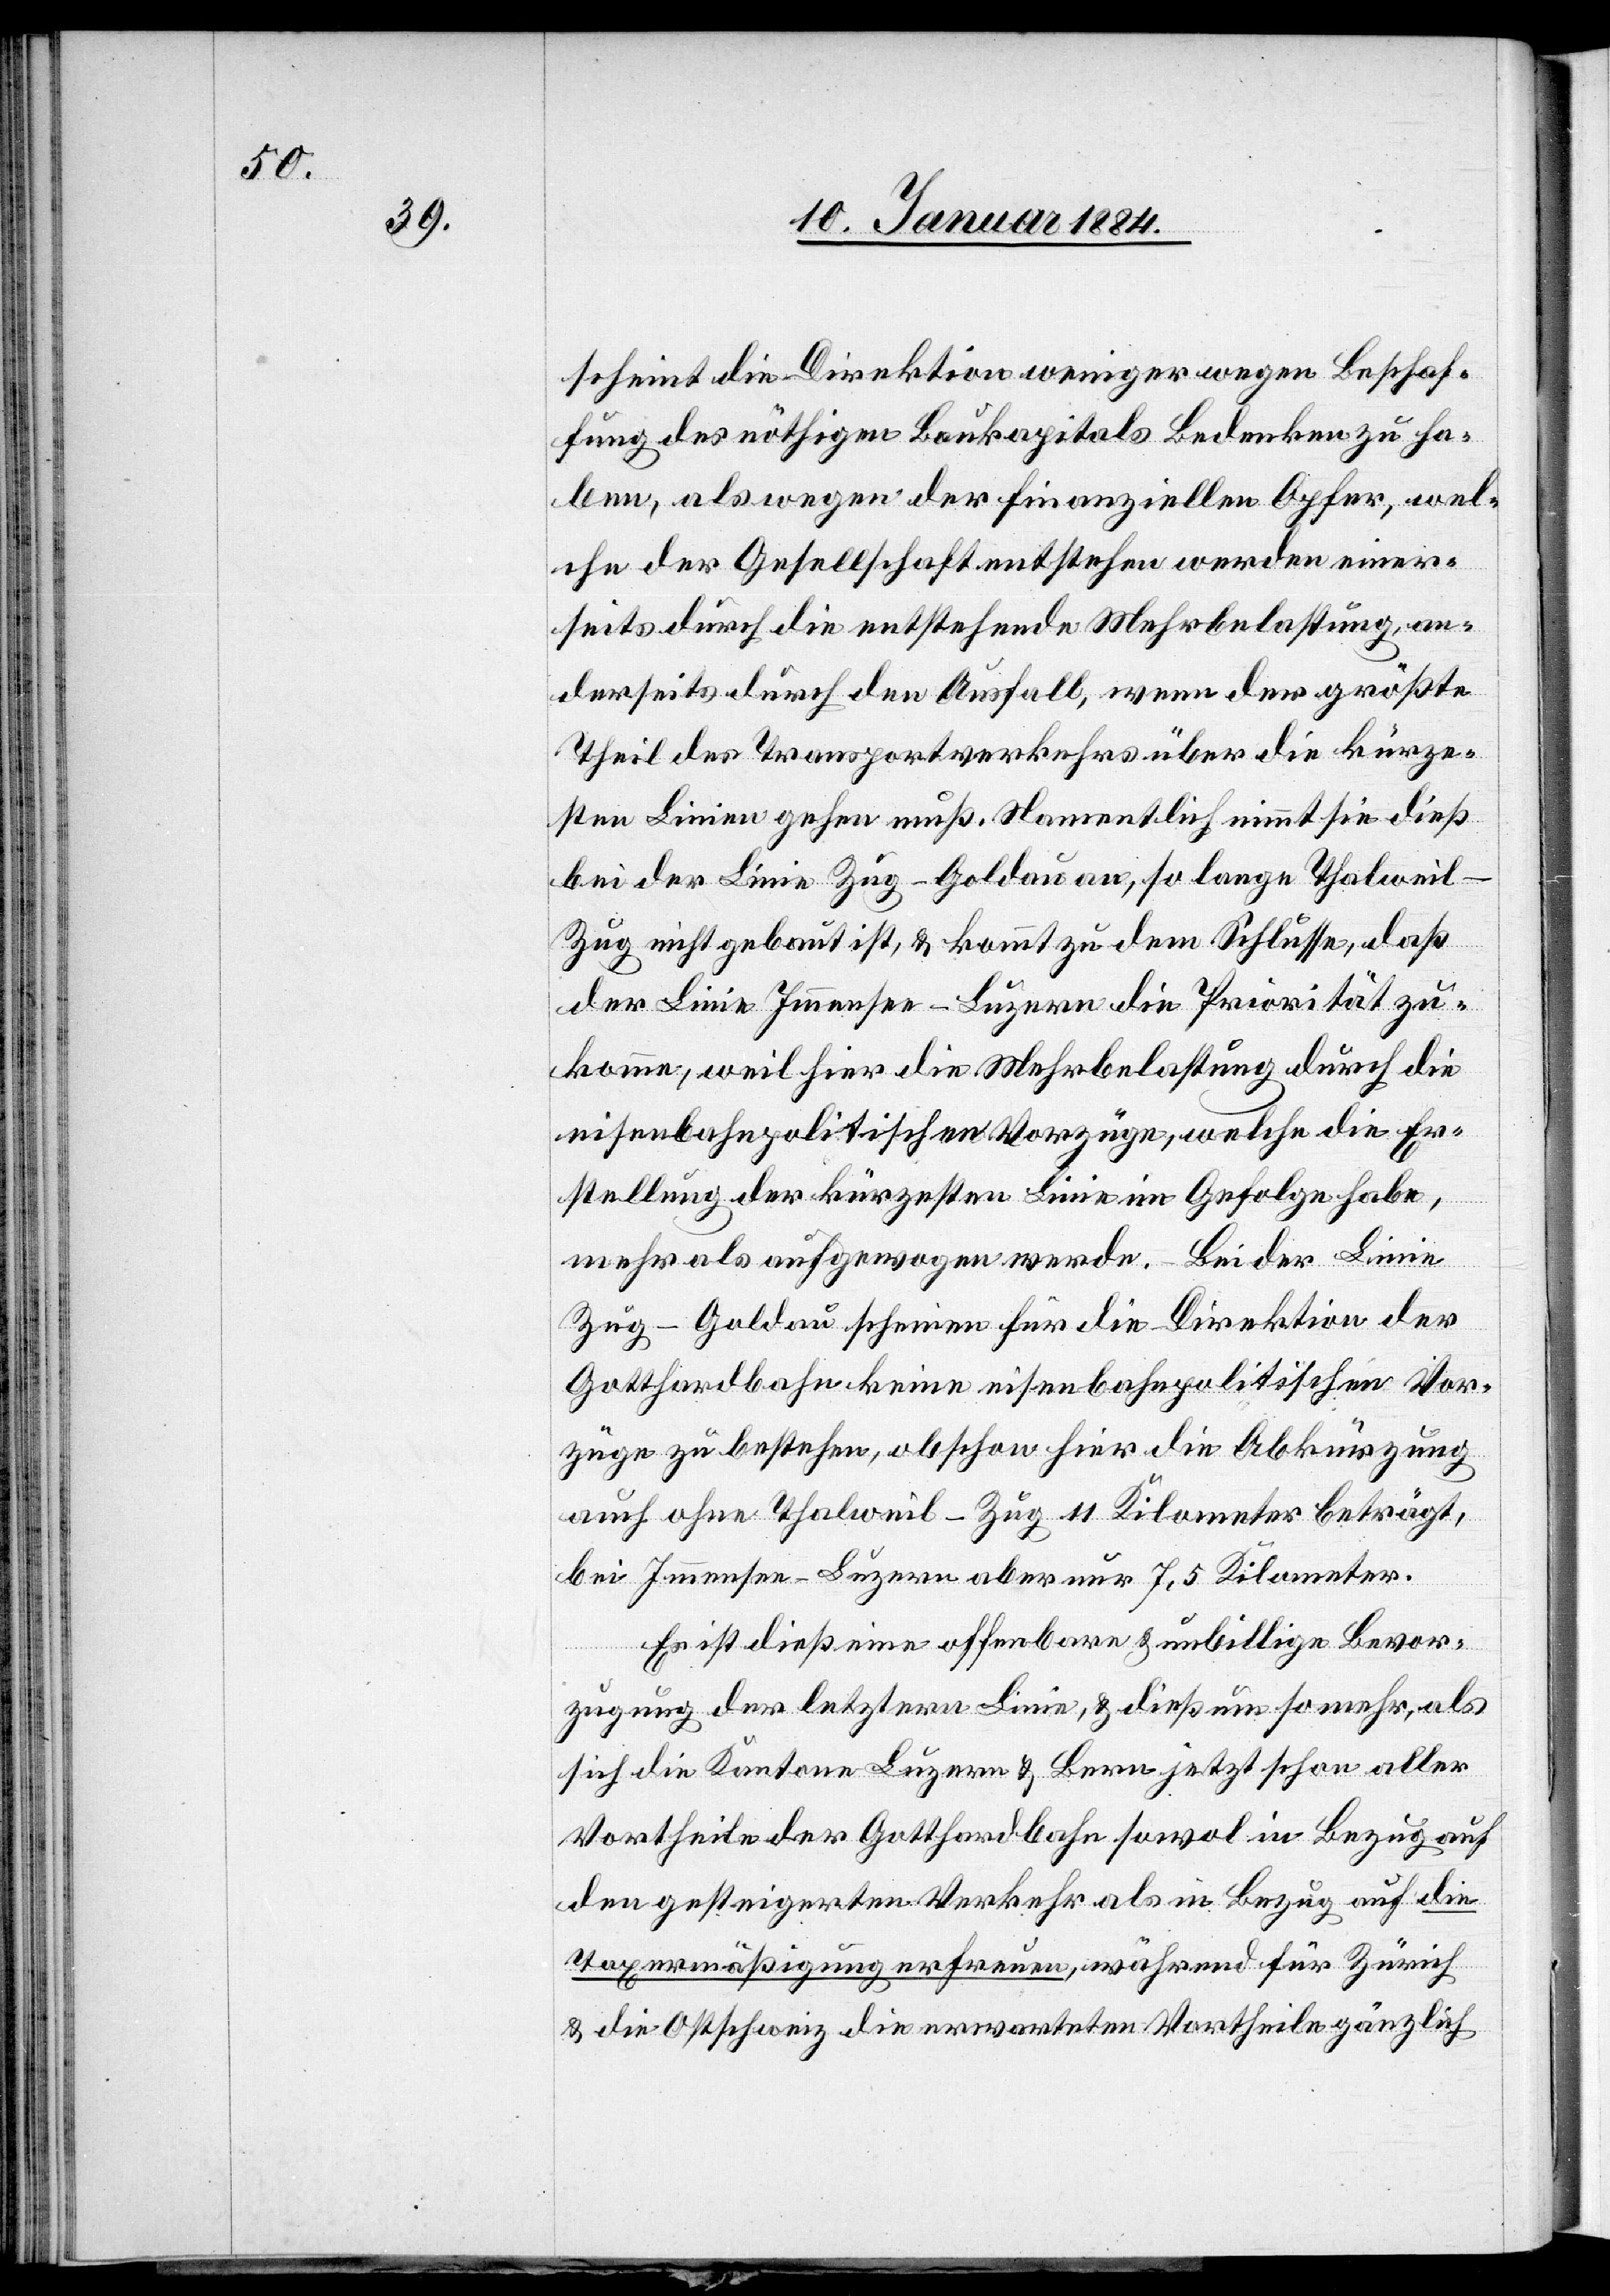
scheint die Direktion weniger wegen Beschaf¬
fung des nöthigen Baukapitals Bedenken zu ha¬
ben, als wegen der finanziellen Opfer, wel¬
che der Gesellschaft entstehen werden eine¬
rseits durch den Ausfall, wenn der größte
Theil des Transportverkehres über die kürze¬
ste Linien gehen muß. Namentlich nimmt sie dieß
bei der Linie Zug–Goldau an, so lange Thalwei¬
l–Zug nicht gebaut ist, & kommt zu dem Schlusse, daß
der Linie Immensee–Luzern die Priorität zu¬
komme, weil hier die Mehrbelastung durch die
eisenbahnpolitischen Vorzüge, welche die Er¬
stellung der kürzesten Linie in Gefolge habe,
mehr als aufgewogen werde. Bei der Linie
Zug–Goldau scheinen für die Direktion der
Gotthardbahn keine eisenbahnpolitische Vor¬
züge zu bestehen, obschon hier die Abkürzung
auch ohne Thalweil–Zug 11 Kilometer beträgt
bei Immensee-Luzern aber nur 7,5 Kilometer.
Es ist dieß eine offenbare & unbillige Bevor¬
zugung der letztern Linie, & dieß um so mehr, als
sich die Kantone Luzern & Bern jetzt schon aller
Vortheile der Gotthardbahn sowol in Bezug auf
den gesteigerten Verkehr als in Bezug auf die
Taxenermäßigung erfreuen, während für Zürich
& die Ostschweiz die erwarteten Vortheile gänzlich